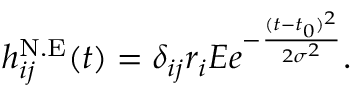
h _ { i j } ^ { \mathrm { N . E } } ( t ) = \delta _ { i j } r _ { i } E e ^ { - \frac { ( t - t _ { 0 } ) ^ { 2 } } { 2 \sigma ^ { 2 } } } .